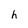
Character: h